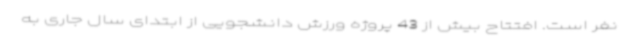
نفر است. افتتاح بیش از 43 پروژه ورزش دانشجویی از ابتدای سال جاری به